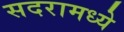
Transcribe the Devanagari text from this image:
सदरामध्ये